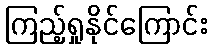
ကြည့်ရှုနိုင်ကြောင်း